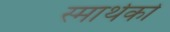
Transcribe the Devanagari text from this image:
स्मार्थको